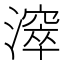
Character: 𣿈